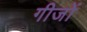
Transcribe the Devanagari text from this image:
गीजों